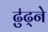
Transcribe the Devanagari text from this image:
ढु॑ढ्ने